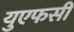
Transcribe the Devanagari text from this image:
युएफसी